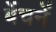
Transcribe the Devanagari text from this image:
बेंचनें